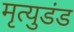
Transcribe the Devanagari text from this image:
मृत्युडंड